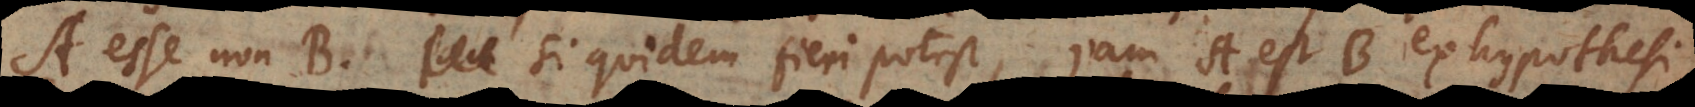
A esse non‐B, si quidem fieri potest, jam A est B ex hypothesi.